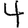
Digit: 4